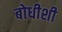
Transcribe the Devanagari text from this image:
बोधीशी